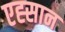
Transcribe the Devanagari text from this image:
एह्सान